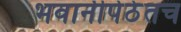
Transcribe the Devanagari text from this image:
भवानीपेठेतच